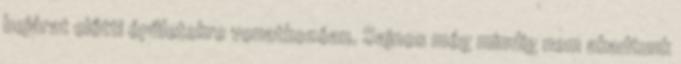
bejárat előtti épületekre vonatkozóan. Sajnos még mindig nem akadtunk